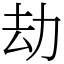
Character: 劫